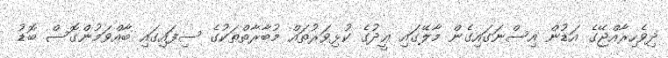
ދިވެހިރާއްޖޭގެ އަޑުން އިސްނަގައިގެން މާލޭގައި ޢީދުގެ ކުޅިވަރުތައް މުބާރާތްތަކުގެ ސިފައިގައި ބާއްވަމުންގޮސް ބޮޑު